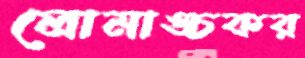
লোমাঙ্চকর